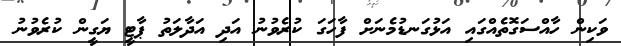
ވަކިން ހާއްސަގޮތެއްގައި އަޅުގަނޑުމެނަށް ފާހަގަ ކުރެވުނު އަދި އަދާލަތު ޕާޓީ ޔަގީން ކުރެވުނު